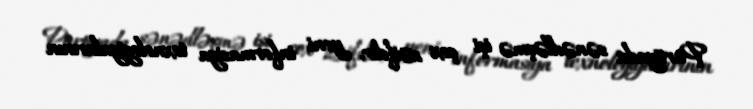
Partiyada sənədləşmə işi çox zəifdir, yeni informasiya texnologiyalarının